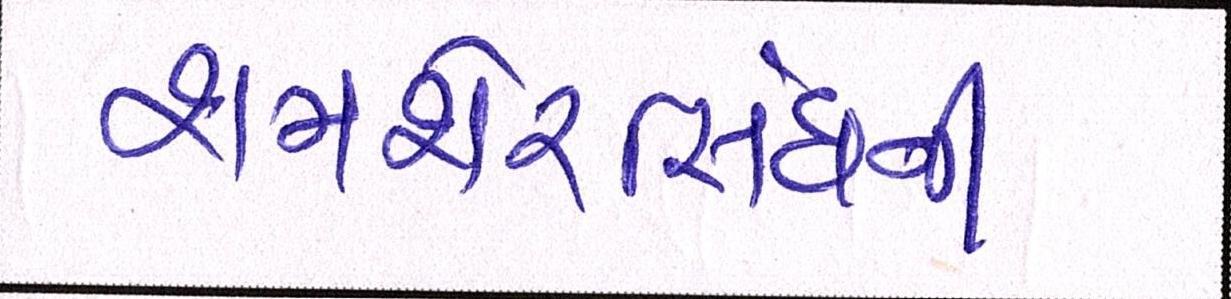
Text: શમશેરસિંઘની